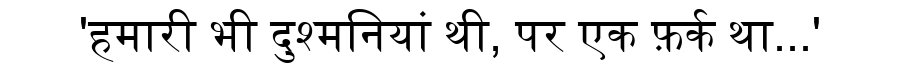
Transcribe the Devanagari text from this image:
'हमारी भी दुश्मनियां थी, पर एक फ़र्क था...'